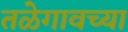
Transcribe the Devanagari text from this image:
तळेगावच्या